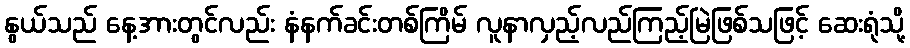
နွယ်သည် နေ့အားတွင်လည်း နံနက်ခင်းတစ်ကြိမ် လူနာလှည့်လည်ကြည့်မြဲဖြစ်သဖြင့် ဆေးရုံသို့